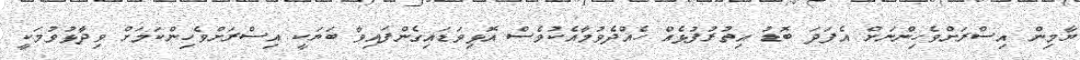
ޔާމިން އިސްރަށްވެހިންނަށް އެފަދަ ބޮޑު އިތުރުފުޅެއް ހެއްދެވުމާއެކުވެސް އޮޅިވަޑައިގެންފައިވާ ބަޔަކީ އިސްރަށްވެހިންކަމަށް ވިދާޅުވުމަކީ